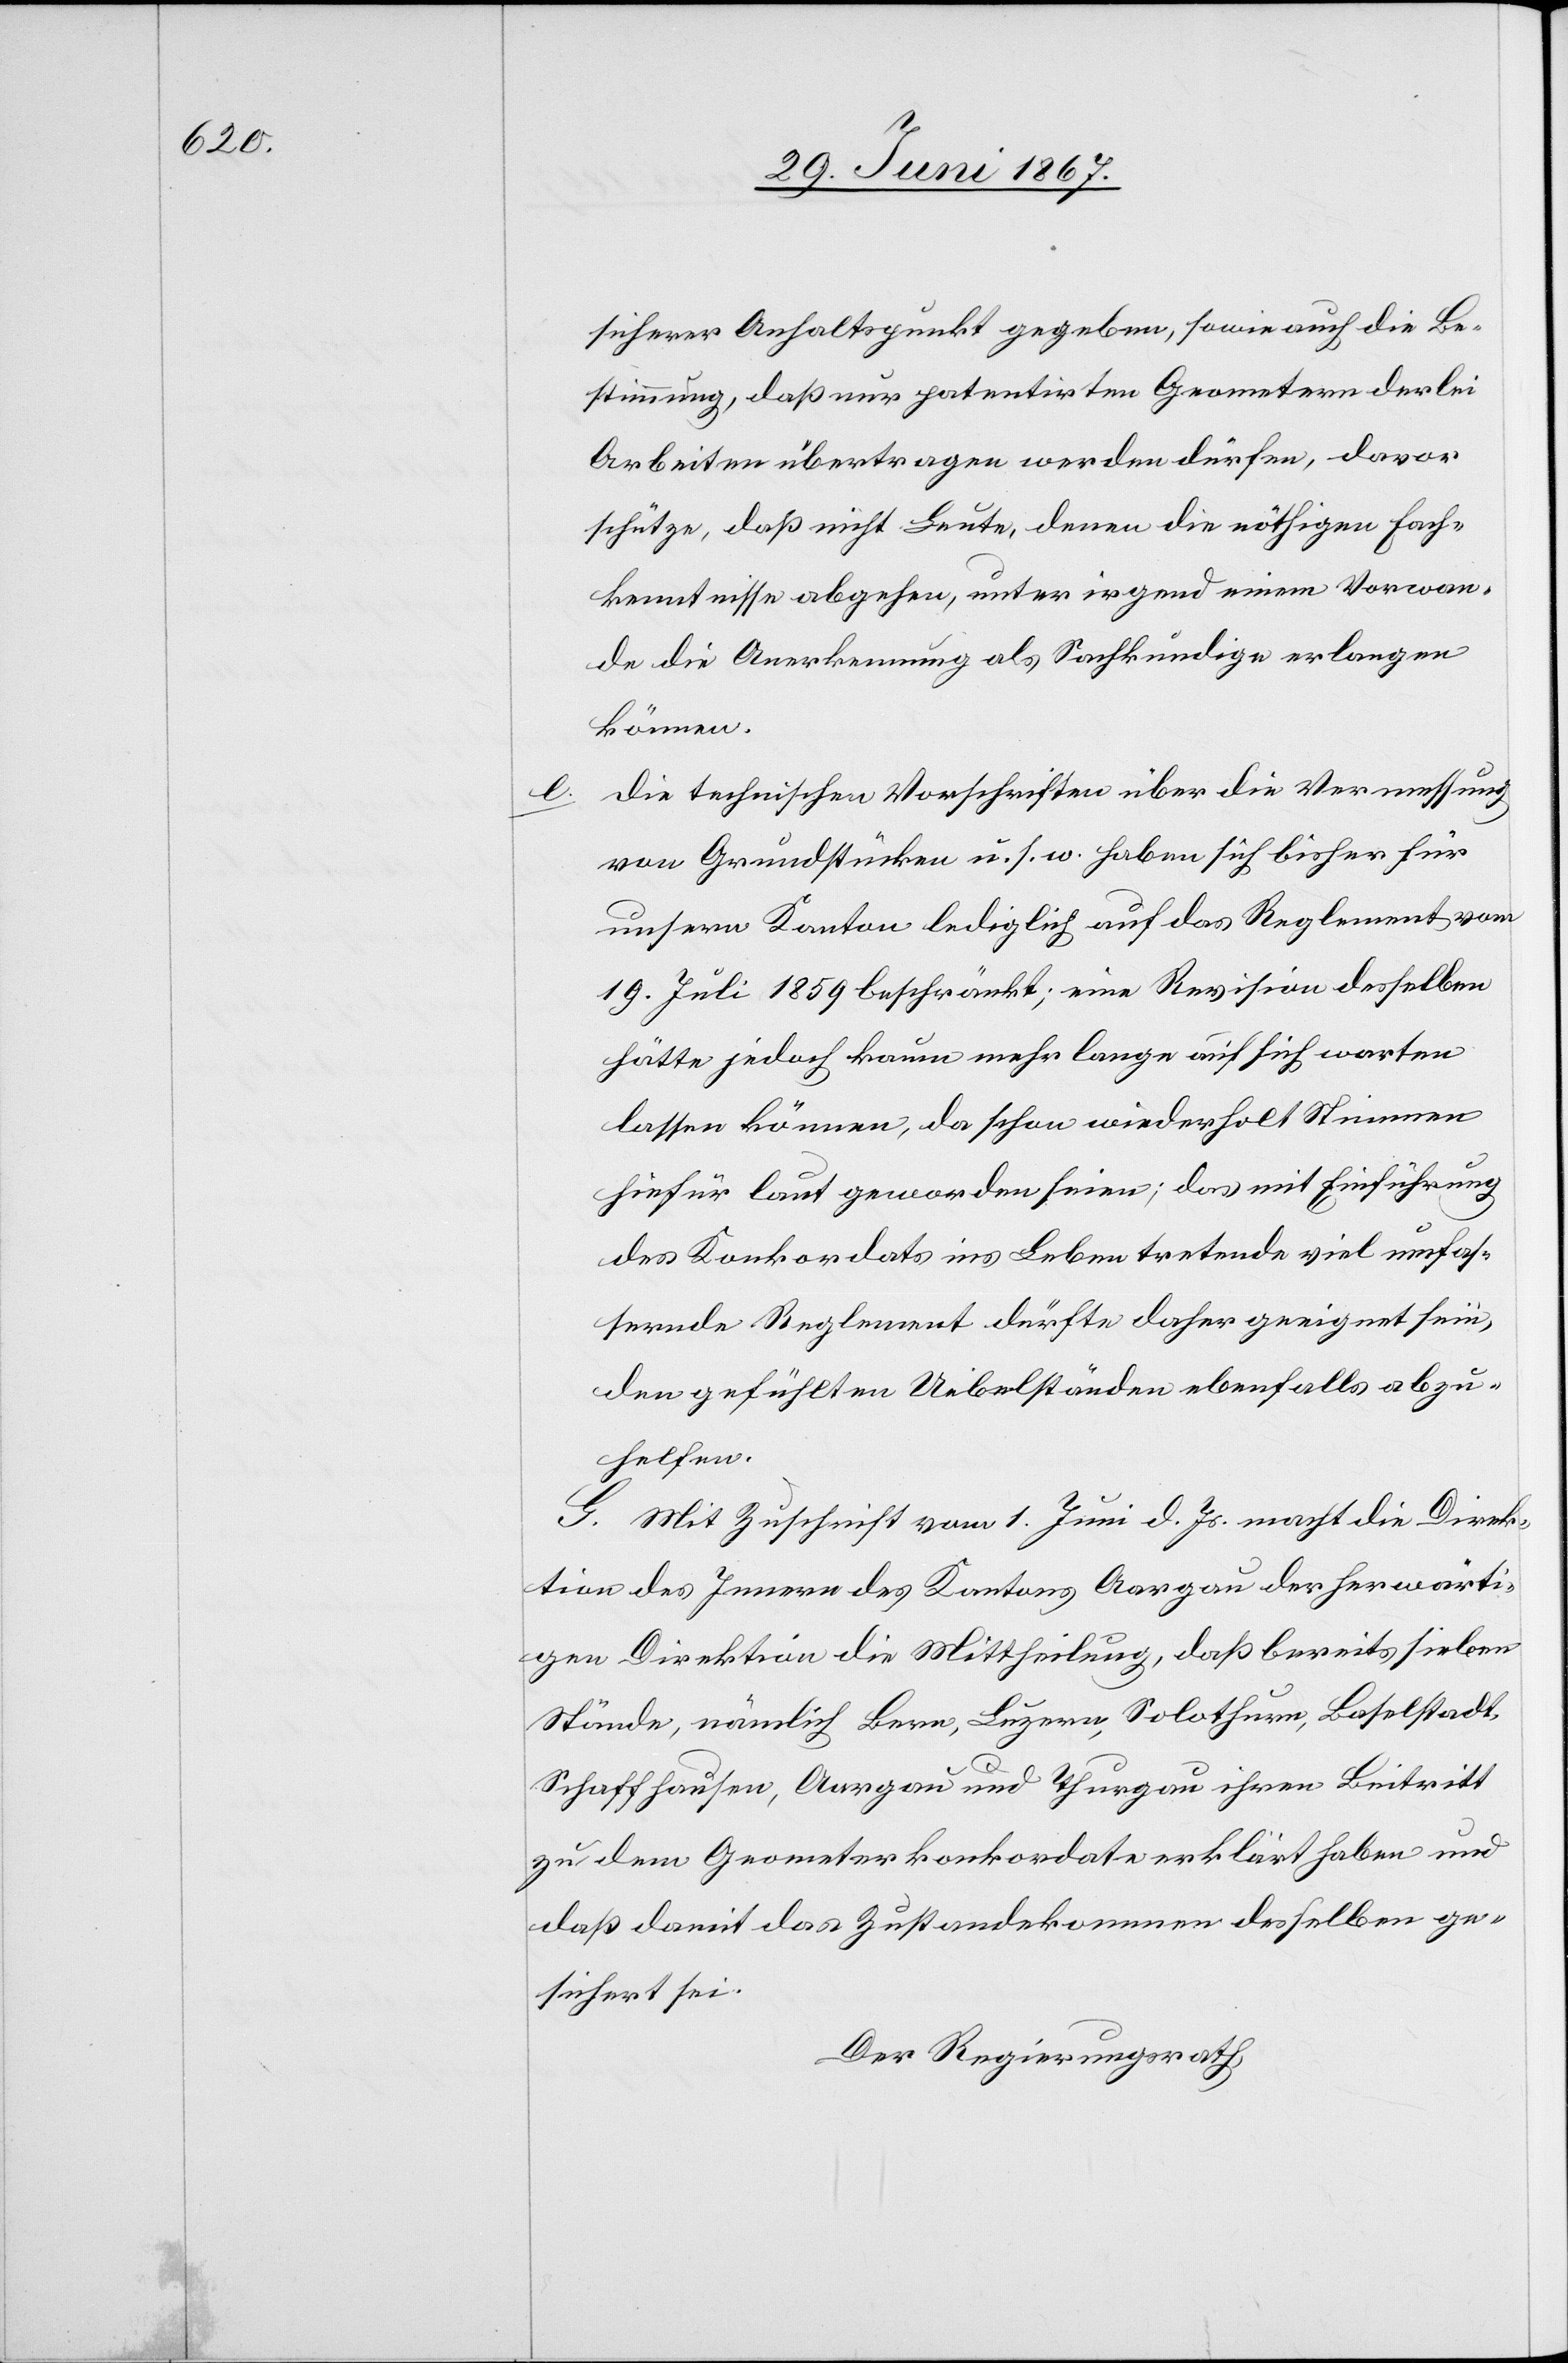
sicherer Anhaltspunkt gegeben, sowie auch die Be¬
stimmung, daß nur patentirten Geometern derlei
Arbeiten übertragen werden dürfen, davor
schütze, daß nicht Leute, denen die nöthigen Fach¬
kenntnisse abgehen, unter irgend einem Vorwan¬
d die Anerkennung als Sachkundige erlangen
können.
die technischen Vorschriften über die Vermessung
von Grundstücken u. s. w. habe sich bisher für
unsern Kanton lediglich auf das Reglement vom
19. Juli 1859 beschränkt; eine Revision desselben
hätte jedoch kaum mehr lange auf sich warten
lassen können, da schon wiederholt Stimmen
hiefür laut geworden seien; das mit Einführung
des Konkordats ins Leben tretende viel umfas¬
sernde Reglement dürfte daher geeignet sein,
den gefühlten Uebelständen ebenfalls abzu¬
helfen.
G. Mit Zuschrift vom 1. Juni d. Js. Macht die Direk¬
tion des Innern des Kantons Aargau der herwärti¬
gen Direktion die Mittheilung, daß bereits sieben
Stände, nämlich Bern, Luzern, Solothurn, Baselstadt,
Schaffhausen, Aargau und Thurgau ihren Beitritt
zu dem Geometerkonkordate erklärt haben und
daß damit das Zustandekommen desselben ge¬
sichert sei.
Der Regierungsrath,